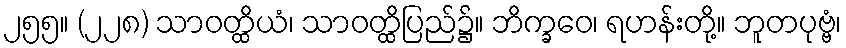
၂၅၅။ (၂၂၈) သာဝတ္ထိယံ၊ သာဝတ္ထိပြည်၌။ ဘိက္ခဝေ၊ ရဟန်းတို့။ ဘူတပုဗ္ဗံ၊